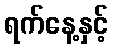
ရက်နေ့နှင့်